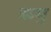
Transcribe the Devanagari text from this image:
क्रमु